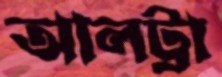
আলট্রা